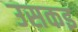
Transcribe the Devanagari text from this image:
उसकइ